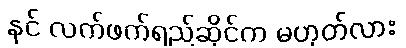
နင် လက်ဖက်ရည်ဆိုင်က မဟုတ်လား